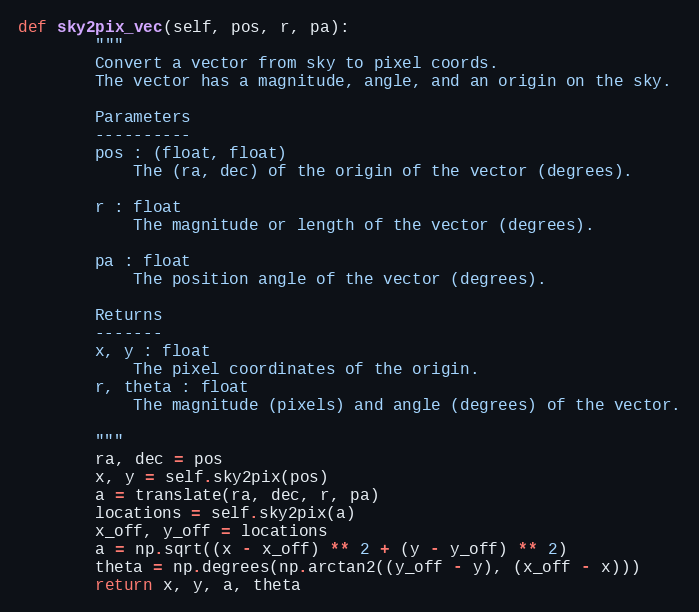
Language: Python
def sky2pix_vec(self, pos, r, pa):
        """
        Convert a vector from sky to pixel coords.
        The vector has a magnitude, angle, and an origin on the sky.

        Parameters
        ----------
        pos : (float, float)
            The (ra, dec) of the origin of the vector (degrees).

        r : float
            The magnitude or length of the vector (degrees).

        pa : float
            The position angle of the vector (degrees).

        Returns
        -------
        x, y : float
            The pixel coordinates of the origin.
        r, theta : float
            The magnitude (pixels) and angle (degrees) of the vector.

        """
        ra, dec = pos
        x, y = self.sky2pix(pos)
        a = translate(ra, dec, r, pa)
        locations = self.sky2pix(a)
        x_off, y_off = locations
        a = np.sqrt((x - x_off) ** 2 + (y - y_off) ** 2)
        theta = np.degrees(np.arctan2((y_off - y), (x_off - x)))
        return x, y, a, theta